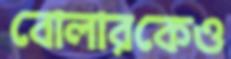
বোলারকেও